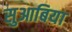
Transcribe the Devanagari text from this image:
सुआबिया